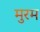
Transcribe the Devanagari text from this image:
मुरम